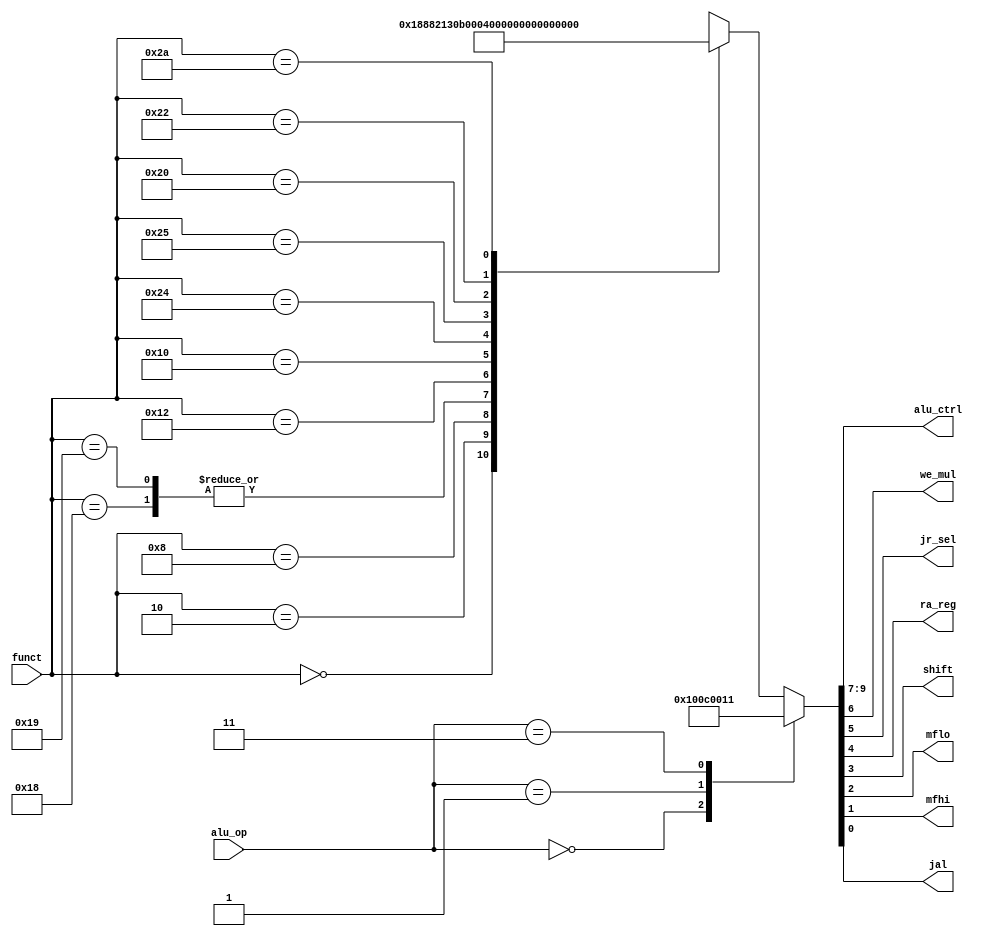
module auxdec (
        input  wire [1:0] alu_op,
        input  wire [5:0] funct,
        output wire [2:0] alu_ctrl,
        output wire we_mul,
        output wire jr_sel,
        output wire ra_reg,
        output wire shift,
        output wire mflo,
        output wire mfhi,
        output wire jal
    );

    reg [9:0] signals;
   
    assign {alu_ctrl, we_mul, jr_sel, ra_reg, shift, mflo, mfhi, jal} = signals;
    
    always @ (alu_op, funct) begin
        case (alu_op)
            2'b00: signals = 10'b010_0_0_0_0_0_0_0; // ADD
            2'b01: signals = 10'b110_0_0_0_0_0_0_0; // SUB
            2'b11: signals = 10'b000_0_0_1_0_0_0_1; // for JAL instructions to pick register 31 
            default: case (funct)
                6'b00_0000: signals = 10'b011_0_0_0_1_0_0_0; // SLL
                6'b00_0010: signals = 10'b100_0_0_0_1_0_0_0; // SRL
                6'b00_1000: signals = 10'b010_0_1_1_0_0_0_0; // JR
                6'b01_1000: signals = 10'b101_1_0_0_0_0_0_0; // MUL
                6'b01_1001: signals = 10'b101_1_0_0_0_0_0_0; // MULU                
                6'b01_0010: signals = 10'b000_0_0_0_0_1_0_0; // MFLO
                6'b01_0000: signals = 10'b000_0_0_0_0_0_1_0; // MFHI
                6'b10_0100: signals = 10'b000_0_0_0_0_0_0_0; // AND
                6'b10_0101: signals = 10'b001_0_0_0_0_0_0_0; // OR
                6'b10_0000: signals = 10'b010_0_0_0_0_0_0_0; // ADD
                6'b10_0010: signals = 10'b110_0_0_0_0_0_0_0; // SUB
                6'b10_1010: signals = 10'b111_0_0_0_0_0_0_0; // SLT
                default:    signals = 10'bxxx_x_x_x_x_x_x_x;
            endcase
        endcase
    end

endmodule